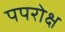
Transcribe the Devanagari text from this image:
पपरोक्ष